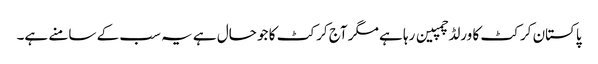
پاکستان کرکٹ کا ورلڈ چمپین رہا ہے مگر آج کرکٹ کا جو حال ہے یہ سب کے سامنے ہے۔